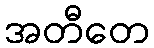
အတီတေ